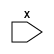
module x_case_statement (
  input wire X,
  // other inputs and outputs here
);

// Define the outputs and internal signals here

always @(X) begin
  case (X)
    2'b00: begin
      // Code block for X = 00
      // Define actions to be taken when X is 00
    end
    2'b01: begin
      // Code block for X = 01
      // Define actions to be taken when X is 01
    end
    2'b10: begin
      // Code block for X = 10
      // Define actions to be taken when X is 10
    end
    default: begin
      // Default code block
      // Define actions to be taken when none of the specified cases match X
    end
  endcase
end

// Other combinational or sequential logic here

endmodule